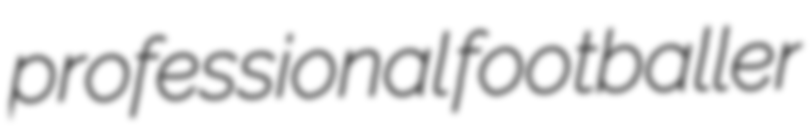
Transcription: professional footballer